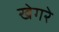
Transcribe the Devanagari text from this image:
खेगरे